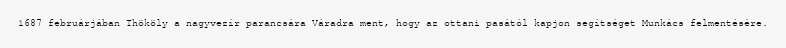
1687 februárjában Thököly a nagyvezír parancsára Váradra ment, hogy az ottani pasától kapjon segítséget Munkács felmentésére.